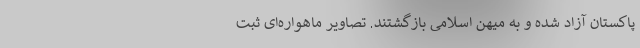
پاکستان آزاد شده و به میهن اسلامی بازگشتند. تصاویر ماهواره‌ای ثبت